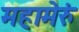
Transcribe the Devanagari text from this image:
महामेरुं